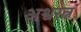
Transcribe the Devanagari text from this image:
अश्वरत्न